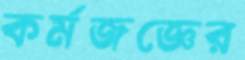
কর্মজজ্ঞের